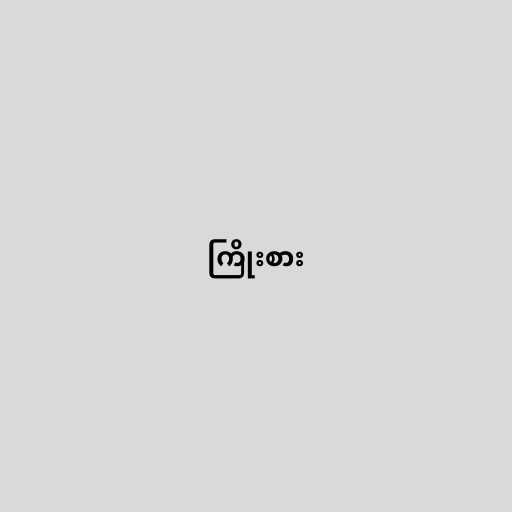
ကြိုးစား